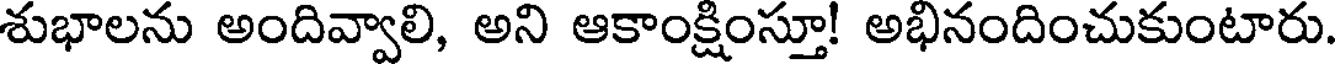
శుభాలను అందివ్వాలి, అని ఆకాంక్షింస్తూ! అభినందించుకుంటారు.